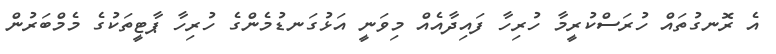
އެ ރޮނގުތައް ހުރަސްކުރީމާ ހުރިހާ ފައިދާއެއް މިވަނީ އަޅުގަނޑުމެންގެ ހުރިހާ ޕާޓީތަކުގެ މެމްބަރުން